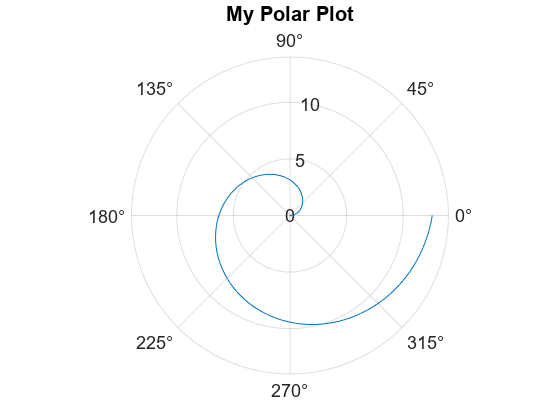
matlab, figure, polarplot